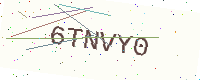
Text: 6TNVY0